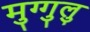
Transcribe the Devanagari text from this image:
मुग्गुलु